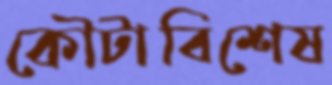
কৌটাবিশেষ